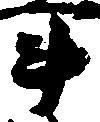
斗